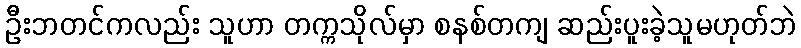
ဦးဘတင်ကလည်း သူဟာ တက္ကသိုလ်မှာ စနစ်တကျ ဆည်းပူးခဲ့သူမဟုတ်ဘဲ